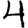
Digit: 4